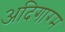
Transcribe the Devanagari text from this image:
अदिगारम